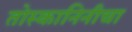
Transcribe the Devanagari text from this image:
तोस्कानिनीचा